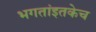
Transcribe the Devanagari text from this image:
भगतांइतकेच